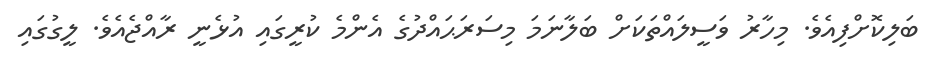
ބަލިކޮށްފިއެވެ. މިހާރު ވަސީލައްތަކަށް ބަލާނަމަ މިސަރަޙައްދުގެ އެންމެ ކުރީގައި އުޅެނީ ރާއްޖެއެވެ. ލީގުގައި